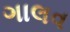
ગાલવ